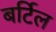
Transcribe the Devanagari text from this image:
बर्टिल